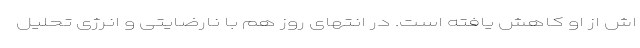
اش از او کاهش یافته است. در انتهای روز هم با نارضایتی و انرژی تحلیل